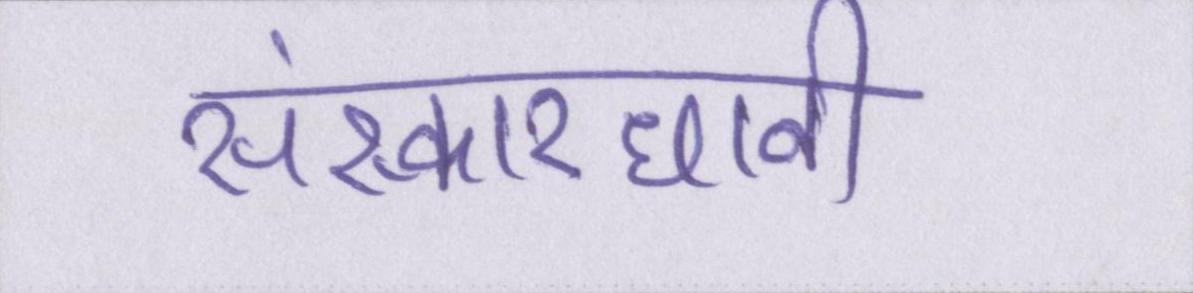
संस्कारधानी